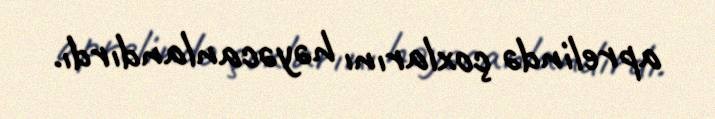
aprelində çoxlarını həyəcanlandırdı.